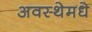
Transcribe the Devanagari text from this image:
अवस्थेमधे